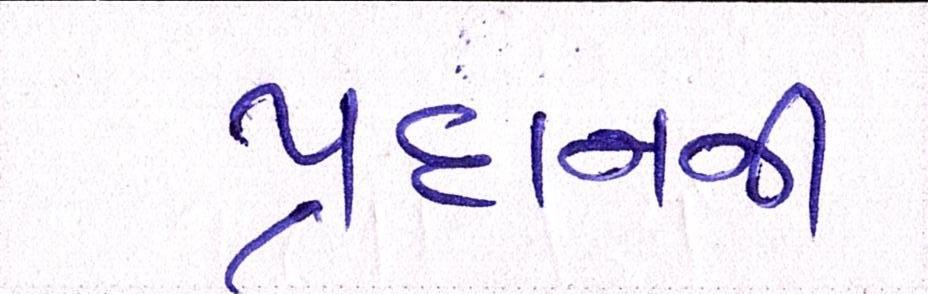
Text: પ્રદાનની